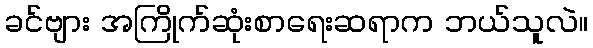
ခင်ဗျား အကြိုက်ဆုံးစာရေးဆရာက ဘယ်သူလဲ။